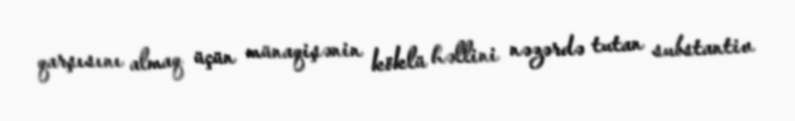
qarşısını almaq üçün münaqişənin köklü həllini nəzərdə tutan substantiv